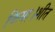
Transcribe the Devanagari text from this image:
किया।शीत